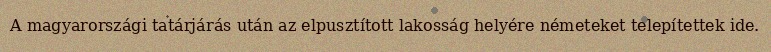
A magyarországi tatárjárás után az elpusztított lakosság helyére németeket telepítettek ide.